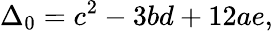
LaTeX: \Delta_{0}=c^{2}-3bd+12ae,